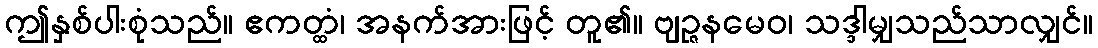
ဤနှစ်ပါးစုံသည်။ ဧကတ္ထံ၊ အနက်အားဖြင့် တူ၏။ ဗျဉ္ဇနမေဝ၊ သဒ္ဒါမျှသည်သာလျှင်။